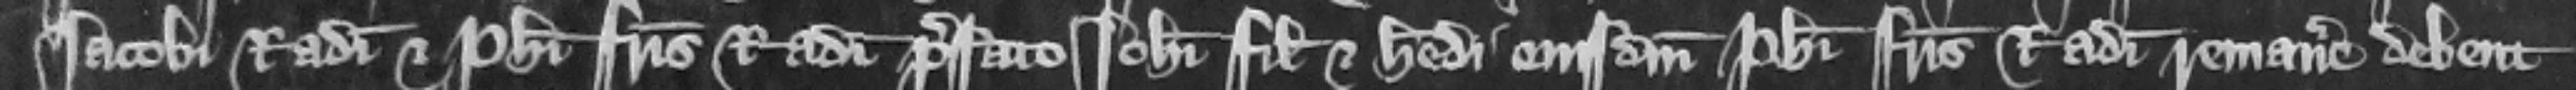
Iacobi Radulphi et Philippi fratris Radulphi prefato Iohanni filio et heredi eiusdem Philippi fratris Radulphi remanere debent